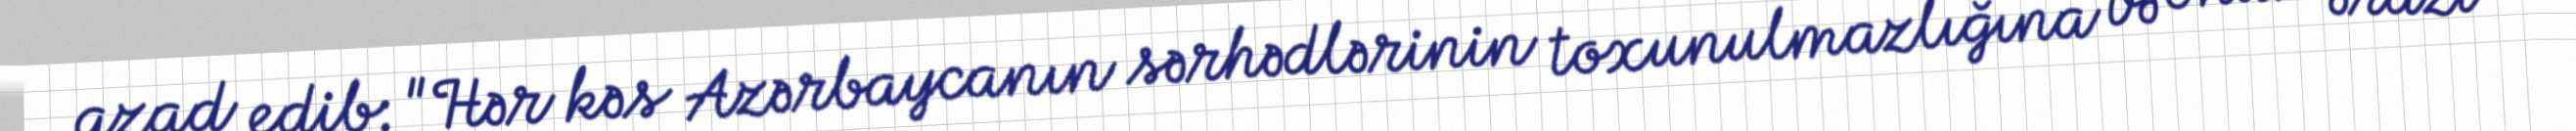
azad edib: "Hər kəs Azərbaycanın sərhədlərinin toxunulmazlığına və onun ərazi